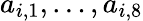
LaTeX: a_{i,1},\dotsc,a_{i,8}